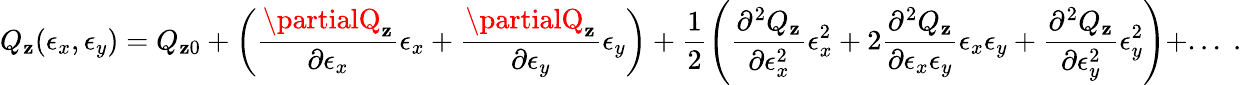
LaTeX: Q_{\mathbf{z}}(\epsilon_{x},\epsilon_{y})=Q_{\mathbf{z}0}+\left(\frac{{\partialQ_{\mathbf{z}}}}{{\partial\epsilon_{x}}}\epsilon_{x}+\frac{{\partialQ_{\mathbf{z}}}}{{\partial\epsilon_{y}}}\epsilon_{y}\right)+\frac{{1}}{{2}}\left(\frac{{\partial^{2}Q_{\mathbf{z}}}}{{\partial\epsilon_{x}^{2}}}\epsilon_{x}^{2}+2\frac{{\partial^{2}Q_{\mathbf{z}}}}{{\partial\epsilon_{x}\epsilon_{y}}}\epsilon_{x}\epsilon_{y}+\frac{{\partial^{2}Q_{\mathbf{z}}}}{{\partial\epsilon_{y}^{2}}}\epsilon_{y}^{2}\right)+...\; .